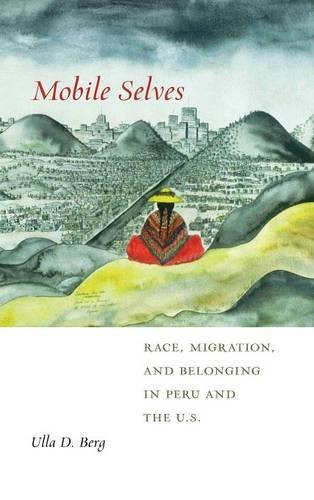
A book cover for Mobile Selves: Race, Migration, and Belonging in Peru and the U.S. (Social Transformations in American Anthropology); Ulla D. Berg; Health, Fitness & Dieting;